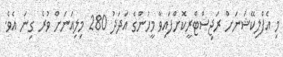
މި އެފްލިކޭޝަނަށް ރަޖިސްޓްރީކޮށްފައިވާ މީހުންގެ އަދަދު 280 މިލިއަނަށް ވުރެ ގިނަ އެވެ.